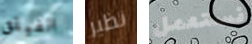
الفيلق نظير نستعمل